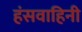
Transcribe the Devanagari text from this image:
हंसवाहिनी